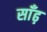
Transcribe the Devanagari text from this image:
साँढ़़